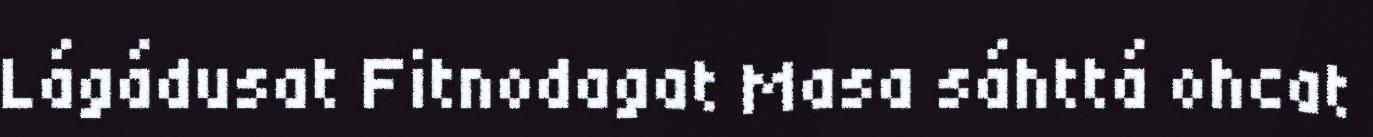
Lágádusat Fitnodagat Masa sáhttá ohcat